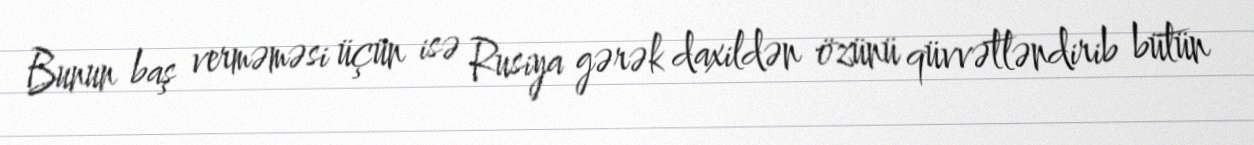
Bunun baş verməməsi üçün isə Rusiya gərək daxildən özünü qüvvətləndirib bütün